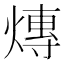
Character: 𤍿